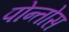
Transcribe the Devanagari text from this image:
पोन्तोस